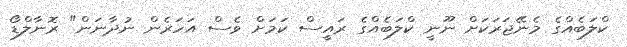
ކްލަބެއްގެ މެނޭޖަރަކަށް ނޫނީ ކްލަބެއްގެ ރައީސް ކަމަށް ވެސް އަހަރެން ނުދާނަން" ރޮނާލްޑޯ